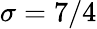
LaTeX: \sigma=7/4